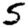
Digit: 5